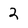
Character: 2